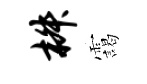
椒靄